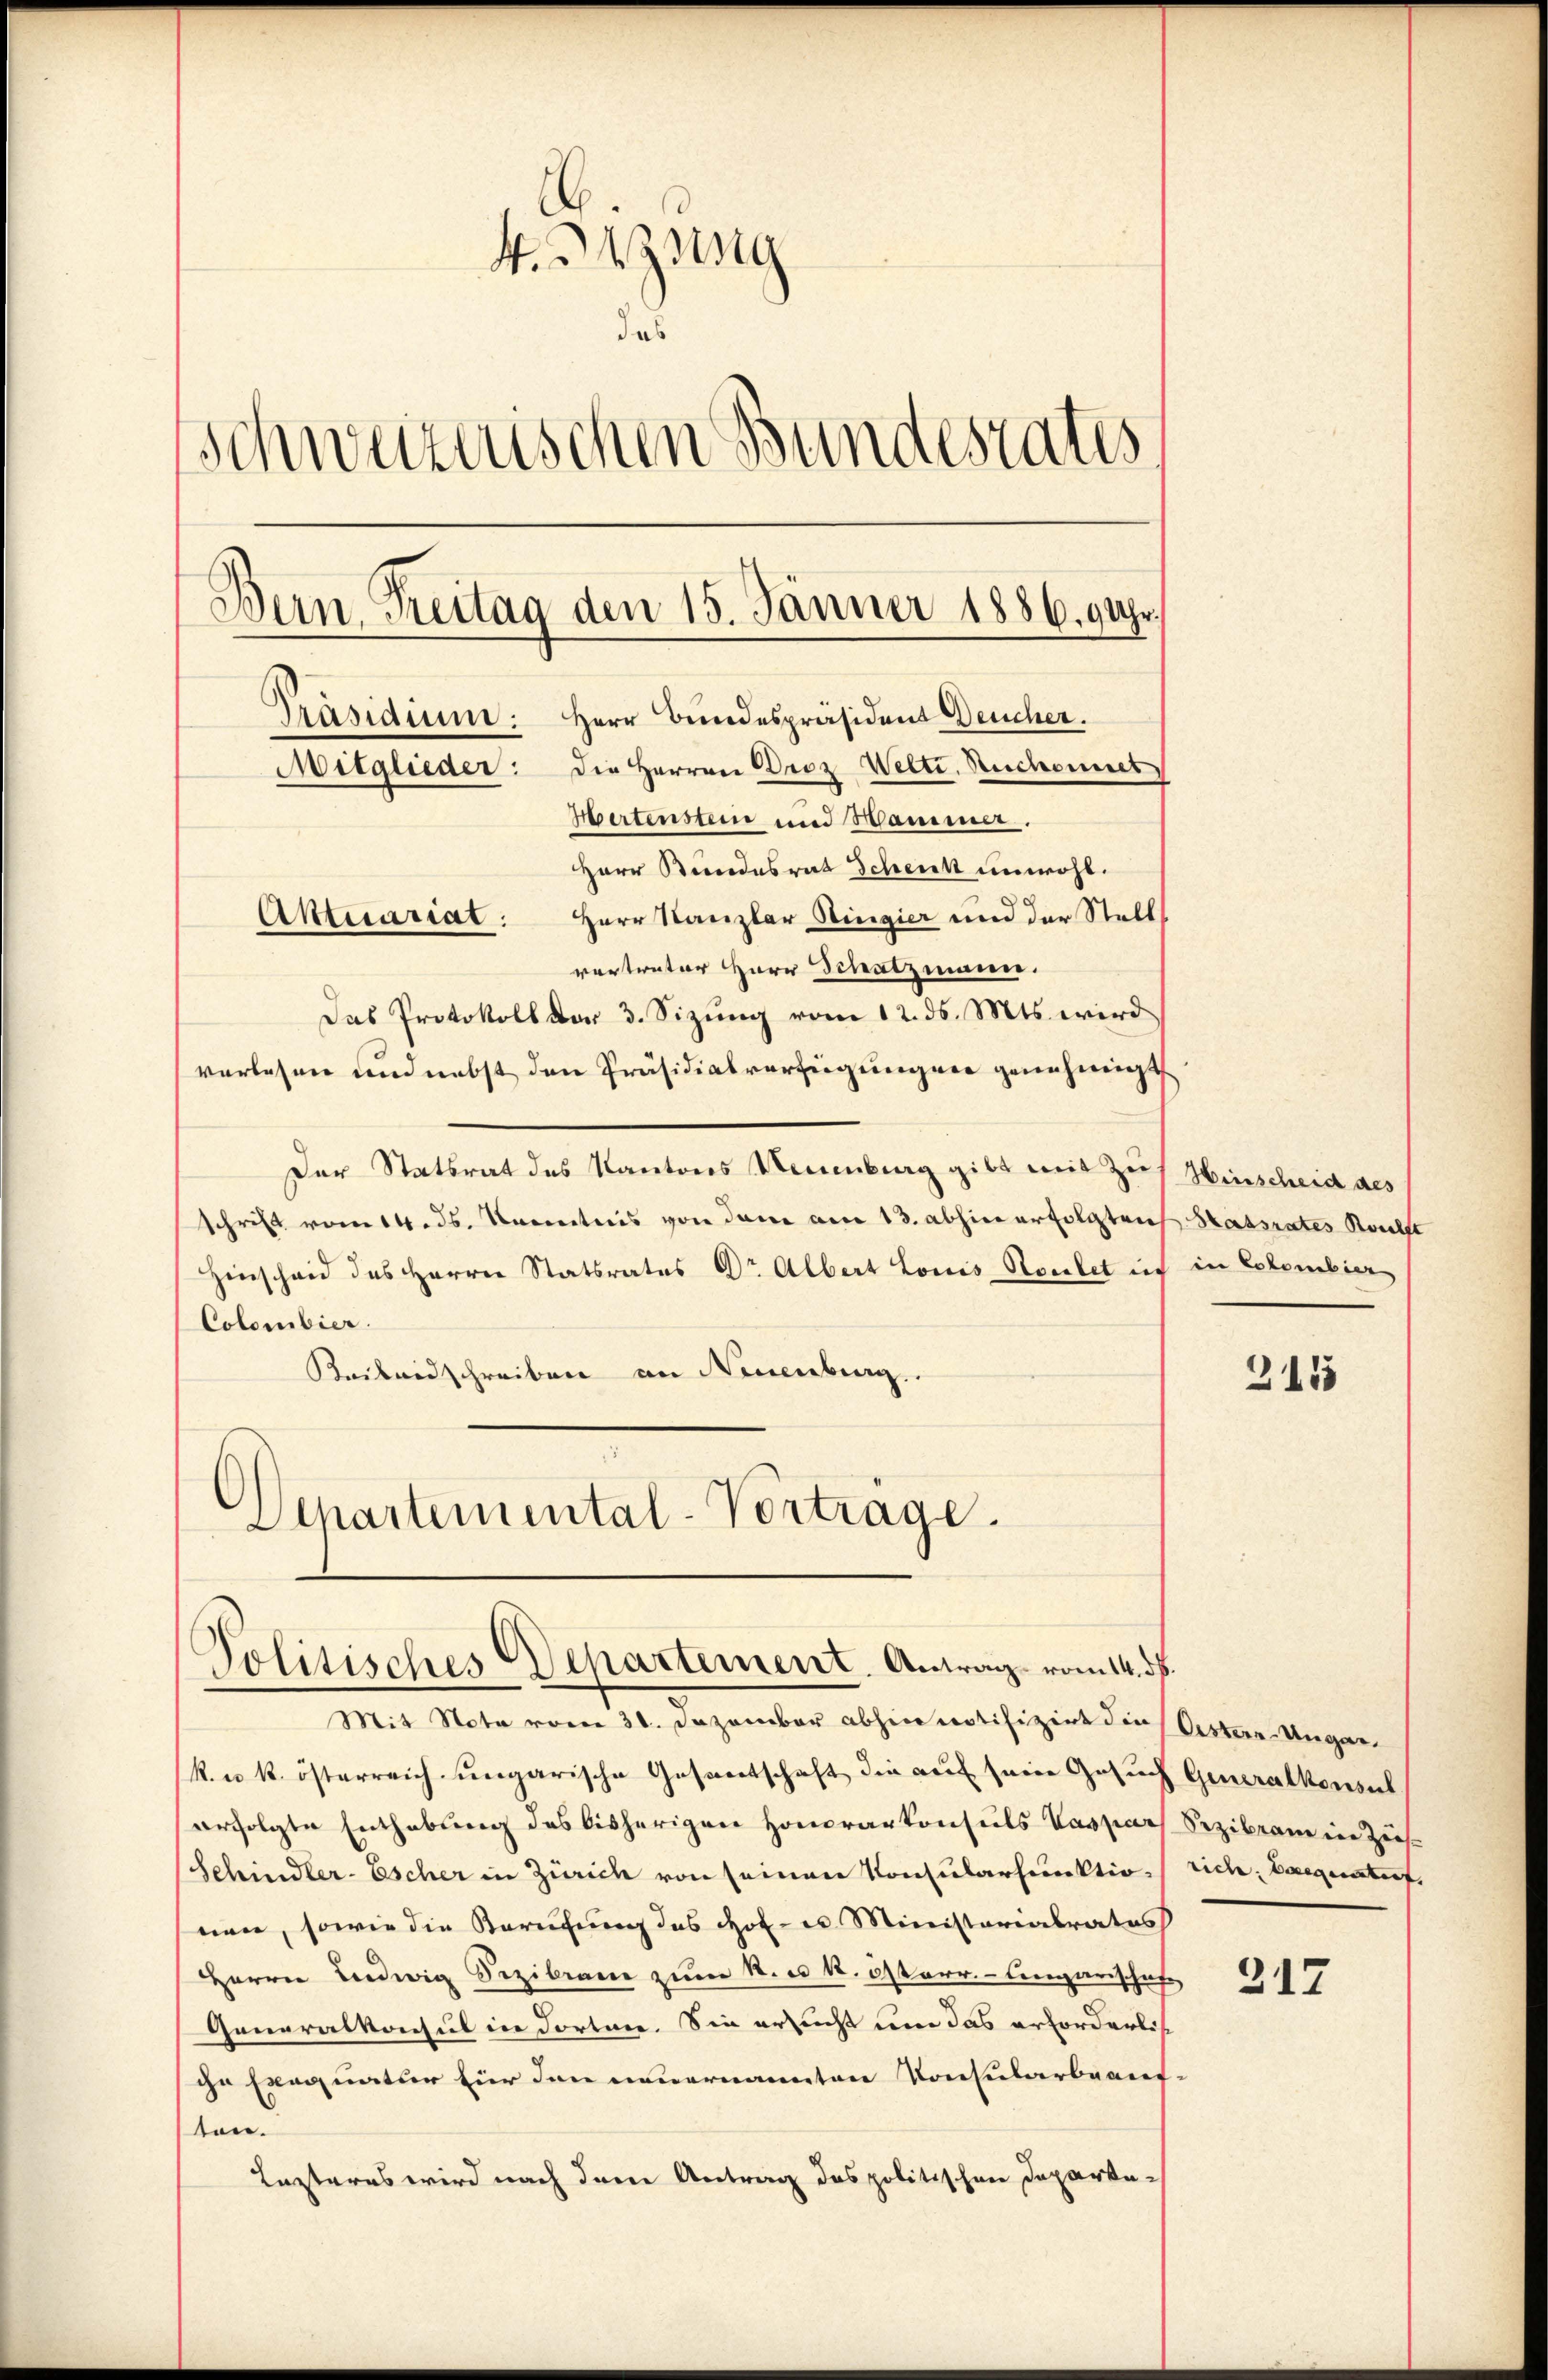
4. Bezug
Schweizerischen Bundestatis
Bern Freitag den 15. Jänner 1886. 9 Uhr.
Präsidium: Herr Bundespräsident Deucher.
Mitglieder: die Herren Droz Welti, Reichnet
Hertenstein und Hammer.
Herr Kundesrat Schenk unwohl.
Aktuariat: Herr Kanzler Stingier und der Stell
vertreter Herr Schatzmann.
Das Protokoll der 3. Sizung vom 12. ds. Mts. wird
verlesen und nebst den Präsidialverfügungen genehmigt

Der Statsrat des Kantons Neuenburg gibt mit Zus
schrift vom 14. ds. Kenntnis von dem am 13. abhin erfolgten Staatsrates Reichst
Hinscheid des Herrn Statsrates Dr Albert Louis Staubet in
Colombier.
Reibendschreiben an Neuenburg.

Departemental-Verträge.

Politisches Departement. Antrag vom 14. ds.

Mit Nota vom 31. Dezember abhin notifizirt die Oestern-Ungar

k. u. k. österreich ungarische Gesandtschaft die auf seine Gesuch Generalkonsul
erfolgte Enthebung des bisherigen Honorarkonsuls Vaspar Sezibrann in Zeis¬
Schindler-Escher in Zürich von seinen Konsularfunktion rich, Bargetref
nen, sowie die Berufung des Hof- u Ministerialrates
Herrn Liedwig Siziliane zum R. u. k. österr.- Eingarischaf
Generalkonsul in dortie. Sie ersucht um das erforderliihn Exequatur für den neuernannten Konsularbeauftand
Lezteres wird nach dem Antrag das politischen Departe¬

Hinscheid des
in Colombier

315

217